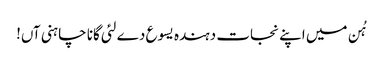
ہُن میں اپنے نجات دہندہ یسوع دے لئی گانا چاہنی آں!